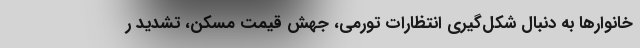
خانوارها به دنبال شکل‌گیری انتظارات تورمی، جهش قیمت مسکن، تشدید ر